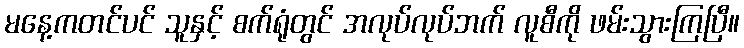
မနေ့ကတင်ပင် သူနှင့် စက်ရုံတွင် အလုပ်လုပ်ဘက် လူစီကို ဖမ်းသွားကြပြီ။